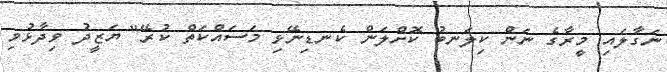
ނަގާލައި މީރާގެ ނަން ކިލަނބު ކޮށްލަން ކެނޑިނޭޅި މަސައްކަތް ކުރޭ" ޔަޒީދު ވިދާޅުވި